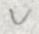
v